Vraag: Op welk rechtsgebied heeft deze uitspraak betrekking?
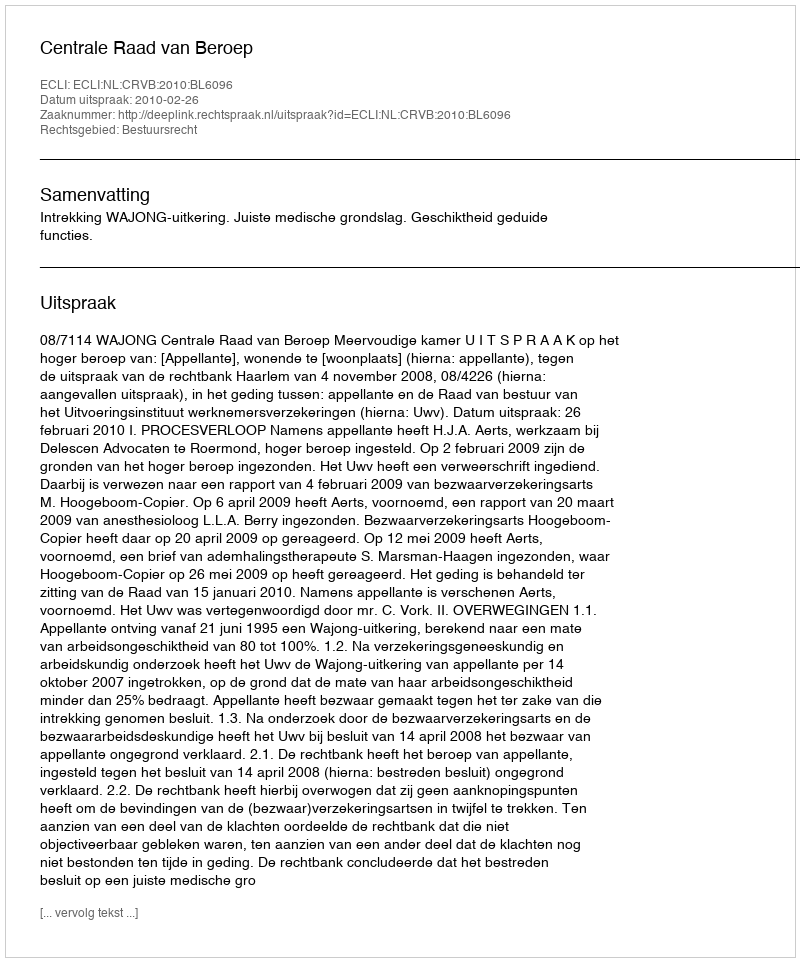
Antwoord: Bestuursrecht